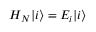
H _ { N } | i \rangle = E _ { i } | i \rangle